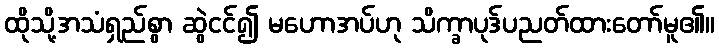
ထိုသို့အသံရှည်စွာ ဆွဲငင်၍ မဟောအပ်ဟု သိက္ခာပုဒ်ပညတ်ထားတော်မူ၏။